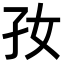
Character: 𡥃